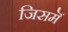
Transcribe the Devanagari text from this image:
जिसमॆं